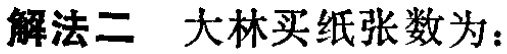
解法二 大林买纸张数为：